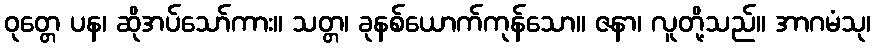
ဝုတ္တေ ပန၊ ဆိုအပ်သော်ကား။ သတ္တ၊ ခုနစ်ယောက်ကုန်သော။ ဇနာ၊ လူတို့သည်။ အာဂမံသု၊